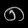
Digit: ၈